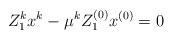
LaTeX: \begin{align*} Z_1 ^k x^k-\mu^k Z_1^{(0)}x^{(0)}=0\end{align*}